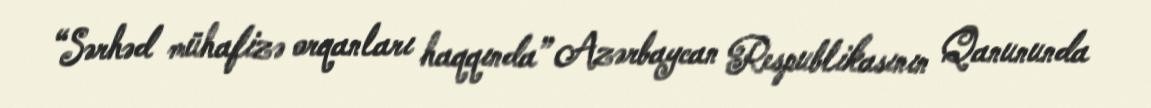
“Sərhəd mühafizə orqanları haqqında” Azərbaycan Respublikasının Qanununda